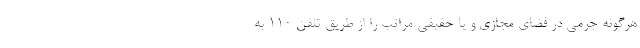
هرگونه جرمی در فضای مجازی و یا حقیقی مراتب را از طریق تلفن ۱۱۰ به